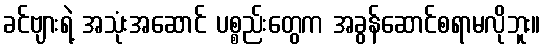
ခင်ဗျားရဲ့ အသုံးအဆောင် ပစ္စည်းတွေက အခွန်ဆောင်စရာမလိုဘူး။